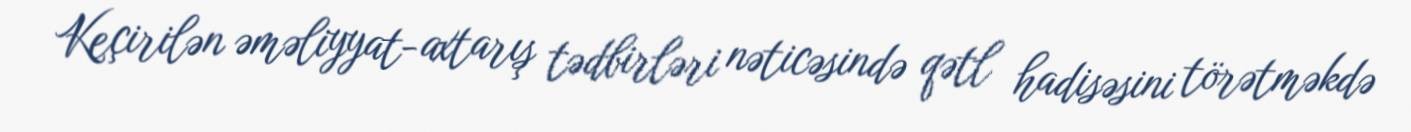
Keçirilən əməliyyat-axtarış tədbirləri nəticəsində qətl hadisəsini törətməkdə